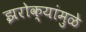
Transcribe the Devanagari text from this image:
झरोक्यांमुळे